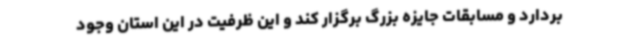
بردارد و مسابقات جایزه بزرگ برگزار کند و این ظرفیت در این استان وجود